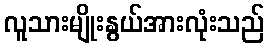
လူသားမျိုးနွယ်အားလုံးသည်